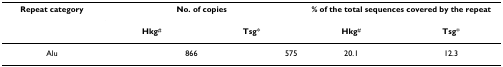
<table><thead><tr><td><b>Repeat category</b></td><td colspan="2"><b>No. of copies</b></td><td colspan="2"><b>% of the total sequences covered by the repeat</b></td></tr><tr><td></td><td><b>Hkg<sup>#</sup></b></td><td><b>Tsg*</b></td><td><b>Hkg<sup>#</sup></b></td><td><b>Tsg*</b></td></tr></thead><tbody><tr><td>Alu</td><td>866</td><td>575</td><td>20.1</td><td>12.3</td></tr></tbody></table>